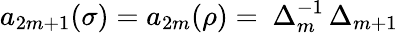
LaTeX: a_{2m+1}(\sigma)=a_{2m}(\rho)=\ \Delta_{m}^{-1}\, \Delta_{m+1}